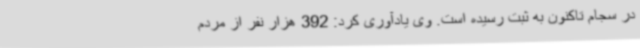
در سجام تاکنون به ثبت رسیده است. وی یادآوری کرد: 392 هزار نفر از مردم